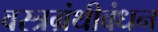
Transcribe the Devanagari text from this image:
वस्त्रग्रंथीबंधन